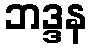
ဘဒ္ဒန